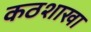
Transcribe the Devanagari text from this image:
कठशाखा